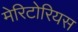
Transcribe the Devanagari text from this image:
मेरिटोरियस